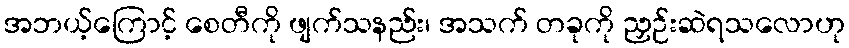
အဘယ့်ကြောင့် စေတီကို ဖျက်သနည်း၊ အသက် တခုကို ညှဉ်းဆဲရသလောဟု